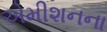
એમીશનના